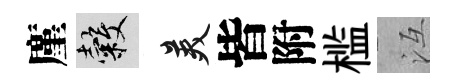
廑穀美皆附槛冱